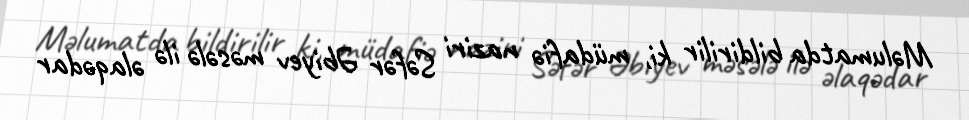
Məlumatda bildirilir ki, müdafiə naziri Səfər Əbiyev məsələ ilə əlaqədar